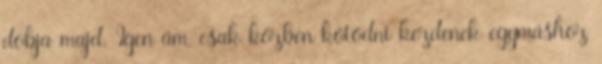
dobja majd. Igen ám, csak közben kötődni kezdenek egymáshoz